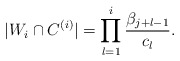
\begin{align*} |W_i \cap C^{(i)}| = \prod_{l=1}^{i} \frac{\beta_{j+l-1}}{c_{l}}.\end{align*}